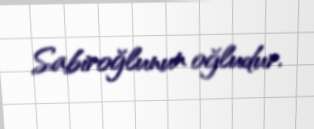
Sabiroğlunun oğludur.